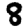
Digit: 8